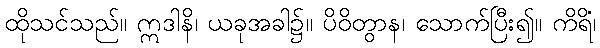
ထိုသင်သည်။ ဣဒါနိ၊ ယခုအခါ၌။ ပိဝိတွာန၊ သောက်ပြီး၍။ ကိရိံ၊